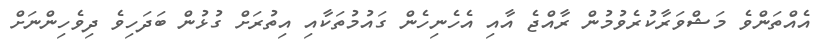
އެއްތަންވެ މަޝްވަރާކުރެވުމުން ރާއްޖެ އާއި އެހެނިހެން ގައުމުތަކާއި އިތުރަށް ގުޅުން ބަދަހިވެ ދިވެހިންނަށް